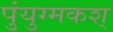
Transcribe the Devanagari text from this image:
पुंयुग्मकश्